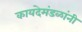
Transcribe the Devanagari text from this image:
कायदेमंडळांनी